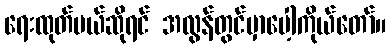
ရေးထုတ်မယ်ဆိုရင် အလွန်တွင်မှာပေါ့ကိုယ်တော်။